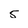
Character: 5